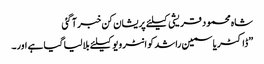
شاہ محمود قریشی کیلئے پریشان کن خبر آ گئی
”ڈاکٹر یاسمین راشد کو انٹرویو کیلئے بلا لیا گیا ہے اور۔